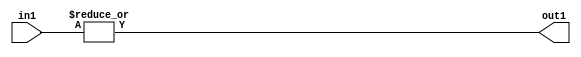
`timescale 1ps / 1ps
/*****************************************************************************
    Verilog RTL Description
    
    
    Created by: Stratus DpOpt 21.05.01 
*******************************************************************************/

module dut_OrReduction_3U_1U_4 (
	in1,
	out1
	); /* architecture "behavioural" */ 
input [2:0] in1;
output  out1;
wire  asc001;

assign asc001 = 
	(|in1);

assign out1 = asc001;
endmodule

/* CADENCE  urX5TwA= : u9/ySxbfrwZIxEzHVQQV8Q== ** DO NOT EDIT THIS LINE ******/